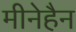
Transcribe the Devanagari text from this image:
मीनेहैन